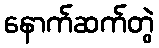
နောက်ဆက်တွဲ